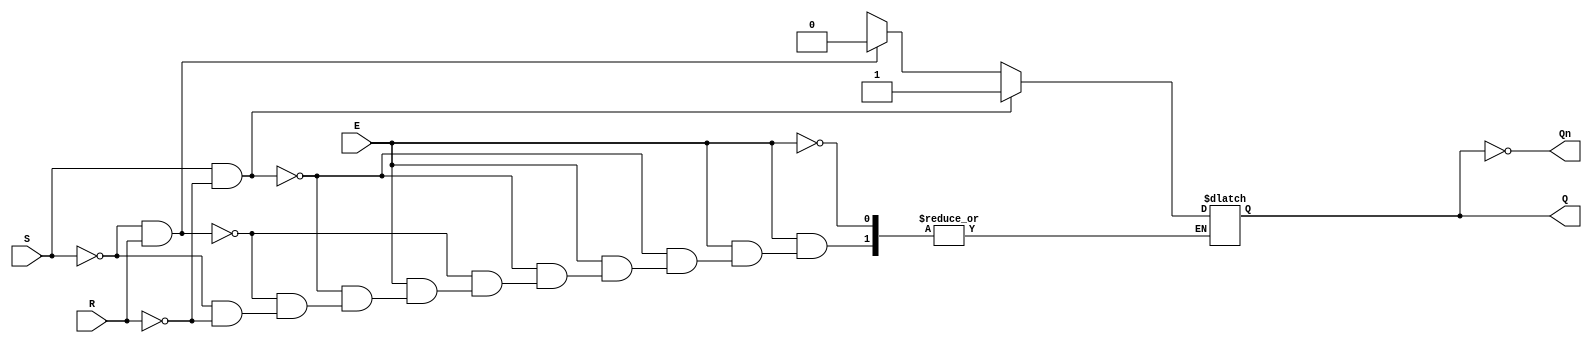
module gated_sr_latch (
    input wire S,      // Set input
    input wire R,      // Reset input
    input wire E,      // Enable input
    output reg Q,      // Primary output
    output wire Qn     // Complementary output
);

// Assign the complementary output
assign Qn = ~Q;

// Always block to handle the latch behavior
always @(*) begin
    if (E) begin
        if (S && ~R) begin
            Q = 1'b1;  // Set Q to 1
        end else if (~S && R) begin
            Q = 1'b0;  // Reset Q to 0
        end else if (~S && ~R) begin
            // Hold state, do nothing
            Q = Q;     // Maintain current state
        end else begin
            // Invalid state: S = 1 and R = 1
            Q = 1'bx;  // Indeterminate state
        end
    end
    // If E is low, hold the current state
end

endmodule